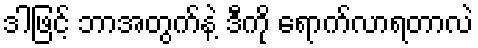
ဒါဖြင့် ဘာအတွက်နဲ့ ဒီကို ရောက်လာရတာလဲ